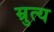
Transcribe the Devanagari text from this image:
म्रुत्य